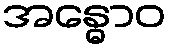
အန္ဓောဝ